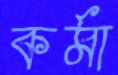
কর্মা